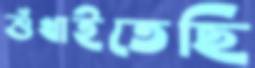
শুঁখাইতেছি